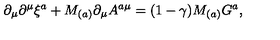
\partial _ { \mu } \partial ^ { \mu } \xi ^ { a } + M _ { ( a ) } \partial _ { \mu } A ^ { a \mu } = ( 1 - \gamma ) M _ { ( a ) } G ^ { a } ,